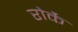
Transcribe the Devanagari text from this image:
रोर्के